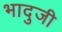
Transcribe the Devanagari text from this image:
भादुजी